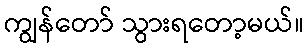
ကျွန်တော် သွားရတော့မယ်။